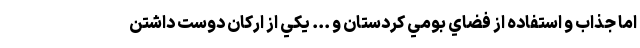
اما جذاب و استفاده از فضاي بومي کردستان و ... يکي از ارکان دوست داشتن